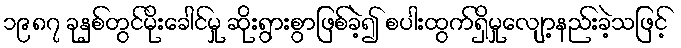
၁၉၈၇ ခုနှစ်တွင်မိုးခေါင်မှု ဆိုးရွားစွာဖြစ်ခဲ့၍ စပါးထွက်ရှိမှုလျော့နည်းခဲ့သဖြင့်